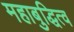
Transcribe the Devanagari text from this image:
महाबुद्धित्व